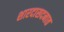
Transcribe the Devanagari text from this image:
शारदासदनात